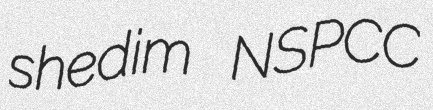
shedim NSPCC